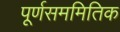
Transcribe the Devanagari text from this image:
पूर्णसममितिक